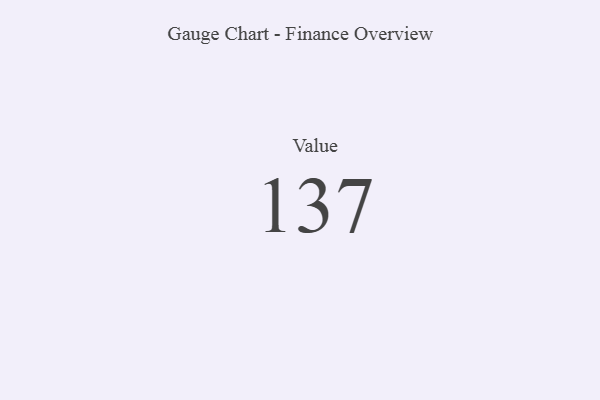
{"axis": {"x": "Metric", "y": "Value"}, "legend": [""], "data": [{"x": "Value", "y": 137, "type": ""}]}